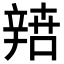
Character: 𨐟